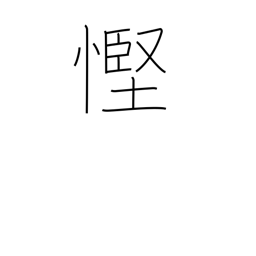
Meaning: stinginess